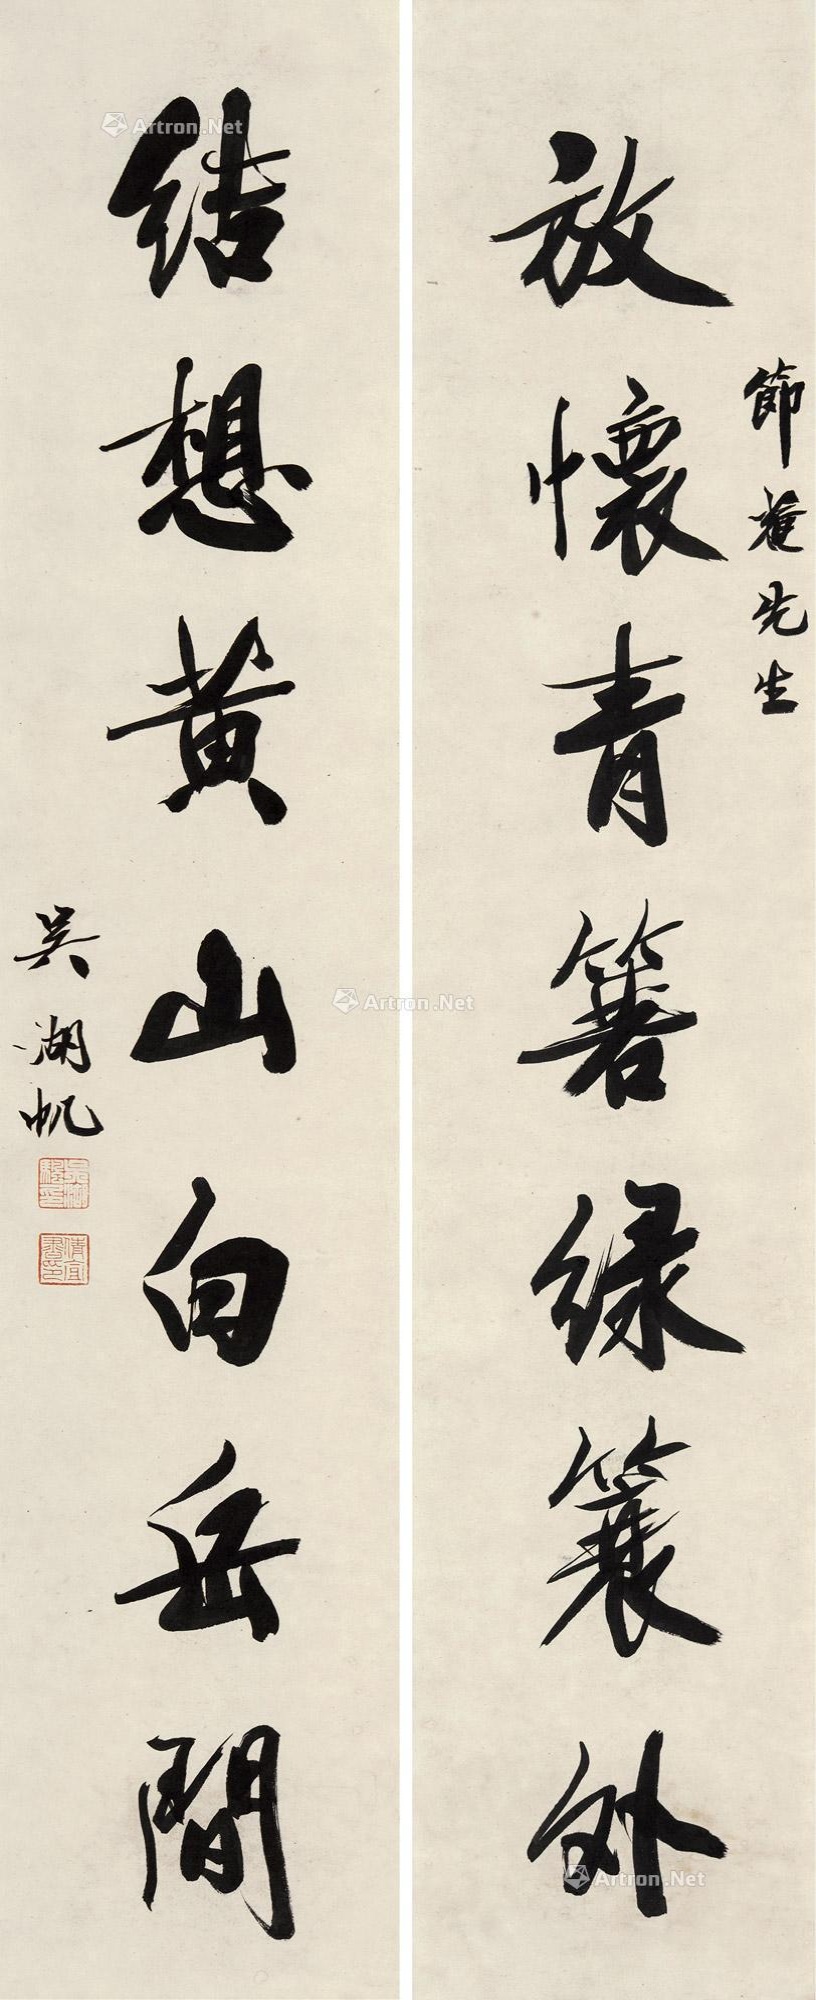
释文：放怀青箬绿蓑外，结想黄山白岳间。节庵先生，吴湖帆。